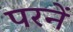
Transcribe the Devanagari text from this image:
परनें